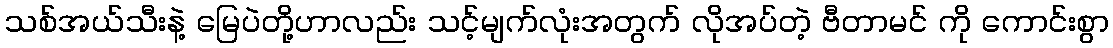
သစ်အယ်သီးနဲ့ မြေပဲတို့ဟာလည်း သင့်မျက်လုံးအတွက် လိုအပ်တဲ့ ဗီတာမင် ကို ကောင်းစွာ